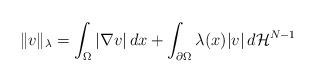
LaTeX: \begin{align*}\|v\|_\lambda=\int_\Omega |\nabla v|\, dx+\int_{\partial\Omega}\lambda(x)|v|\, d\mathcal H^{N-1}\end{align*}